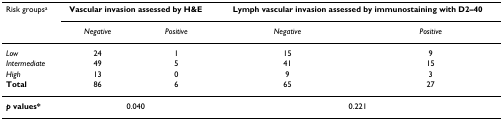
| Risk groupsa | <COLSPAN=2> Vascular invasion assessed by H&E | <COLSPAN=2> Lymph vascular invasion assessed by immunostaining with D2–40 |
 |  | Negative | Positive | Negative | Positive |
 | --- | --- | --- | --- | --- |
 | Low | 24 | 1 | 15 | 9 |
 | Intermediate | 49 | 5 | 41 | 15 |
 | High | 13 | 0 | 9 | 3 |
 | Total | 86 | 6 | 65 | 27 |
 | p values* | <COLSPAN=2> 0.040 | <COLSPAN=2> 0.221 |